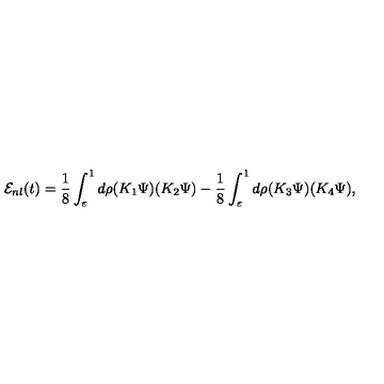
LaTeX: { \cal E } _ { n l } ( t ) = \frac { 1 } { 8 } \int _ { \varepsilon } ^ { 1 } d \rho ( K _ { 1 } \Psi ) ( K _ { 2 } \Psi ) - \frac { 1 } { 8 } \int _ { \varepsilon } ^ { 1 } d \rho ( K _ { 3 } \Psi ) ( K _ { 4 } \Psi ) ,